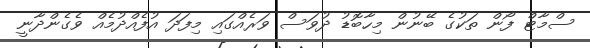
ސްމާޓް ފޯން ތަކުގެ ބޭނުން މިހާބޮޑު ދުވަސް ވަރެއްގައި މިފަދަ އުފެއްދުމެއް ވެގެންދާނީ